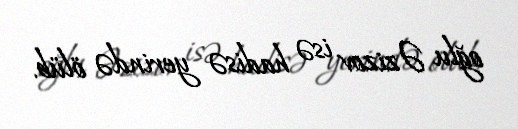
oğlu Əzizov isə hadisə yerində ölüb.